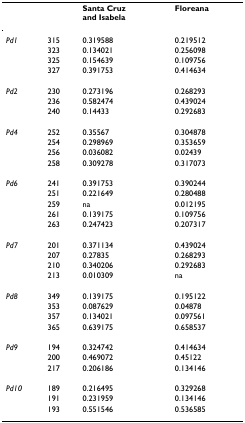
|  |  | Santa Cruz and Isabela | Floreana |
 | --- | --- | --- | --- |
 | Pd1 | 315 | 0.319588 | 0.219512 |
 |  | 323 | 0.134021 | 0.256098 |
 |  | 325 | 0.154639 | 0.109756 |
 |  | 327 | 0.391753 | 0.414634 |
 | Pd2 | 230 | 0.273196 | 0.268293 |
 |  | 236 | 0.582474 | 0.439024 |
 |  | 240 | 0.14433 | 0.292683 |
 | Pd4 | 252 | 0.35567 | 0.304878 |
 |  | 254 | 0.298969 | 0.353659 |
 |  | 256 | 0.036082 | 0.02439 |
 |  | 258 | 0.309278 | 0.317073 |
 | Pd6 | 241 | 0.391753 | 0.390244 |
 |  | 251 | 0.221649 | 0.280488 |
 |  | 259 | na | 0.012195 |
 |  | 261 | 0.139175 | 0.109756 |
 |  | 263 | 0.247423 | 0.207317 |
 | Pd7 | 201 | 0.371134 | 0.439024 |
 |  | 207 | 0.27835 | 0.268293 |
 |  | 210 | 0.340206 | 0.292683 |
 |  | 213 | 0.010309 | na |
 | Pd8 | 349 | 0.139175 | 0.195122 |
 |  | 353 | 0.087629 | 0.04878 |
 |  | 357 | 0.134021 | 0.097561 |
 |  | 365 | 0.639175 | 0.658537 |
 | Pd9 | 194 | 0.324742 | 0.414634 |
 |  | 200 | 0.469072 | 0.45122 |
 |  | 217 | 0.206186 | 0.134146 |
 | Pd10 | 189 | 0.216495 | 0.329268 |
 |  | 191 | 0.231959 | 0.134146 |
 |  | 193 | 0.551546 | 0.536585 |